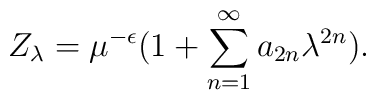
Z_\lambda = \mu^{-\epsilon} ( 1 + \sum^{\infty}_{n=1} a_{2n} \lambda^{2n} ) .